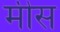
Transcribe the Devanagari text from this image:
मीस